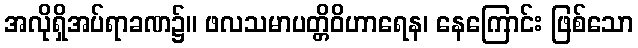
အလိုရှိအပ်ရာခဏ၌။ ဖလသမာပတ္တိဝိဟာရေန၊ နေကြောင်း ဖြစ်သော